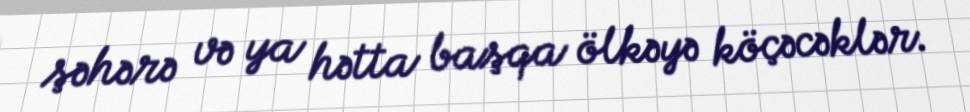
şəhərə və ya hətta başqa ölkəyə köçəcəklər.